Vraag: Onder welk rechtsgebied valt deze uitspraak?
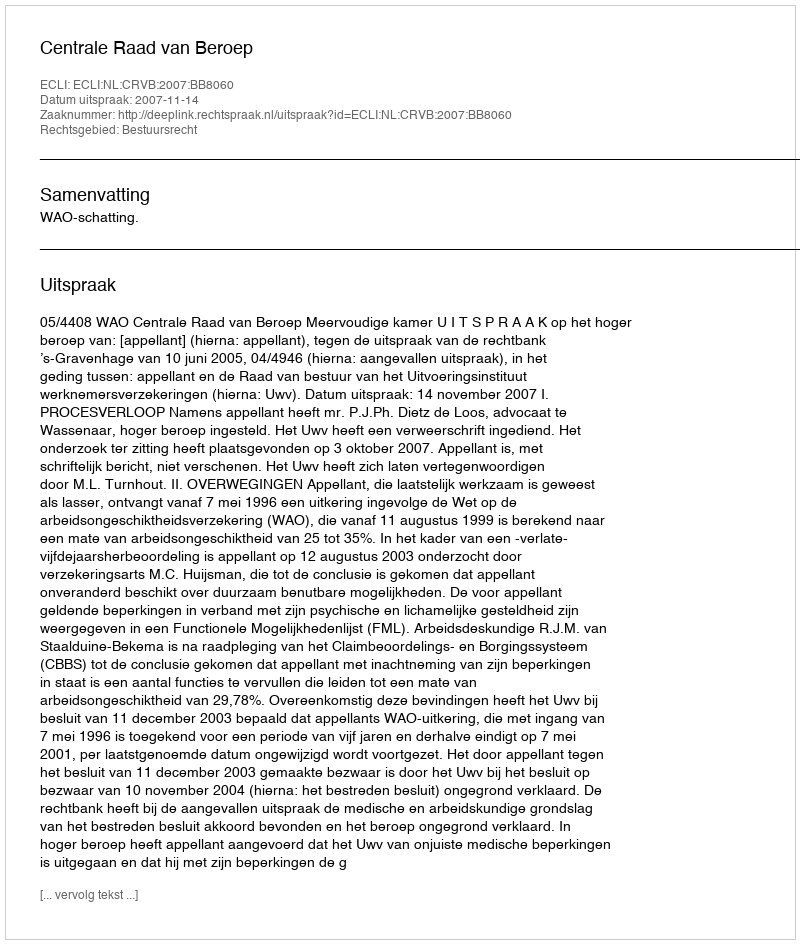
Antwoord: Bestuursrecht